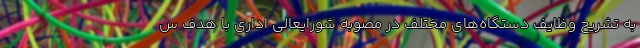
به تشریح وظایف دستگاه‌های مختلف در مصوبه شورایعالی اداری با هدف س